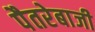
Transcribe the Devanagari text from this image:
पैतरेबाजी